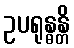
ဥပရုန္ဓန္တိ